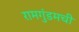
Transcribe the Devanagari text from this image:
रामगुंडमची